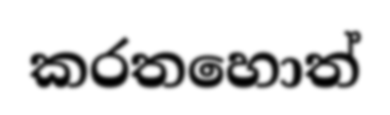
කරතහොත්